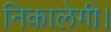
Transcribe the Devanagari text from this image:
निकालेगी।